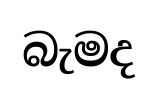
බැමද